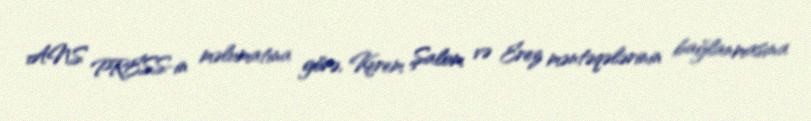
ANS PRESS-in məlumatına görə, Kerem Şalom və Erez məntəqələrinin bağlanmasına